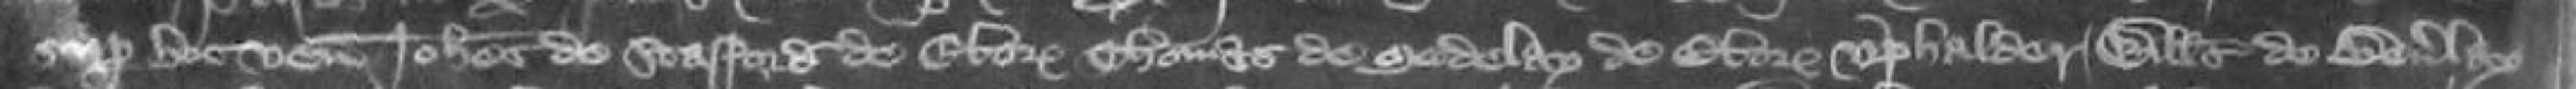
super hoc venerunt Johannes de Stafford de Eboracum Thomas de Medelay de Eboracum Uphalder Willelmus de Beverley